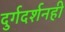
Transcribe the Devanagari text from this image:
दुर्गदर्शनही